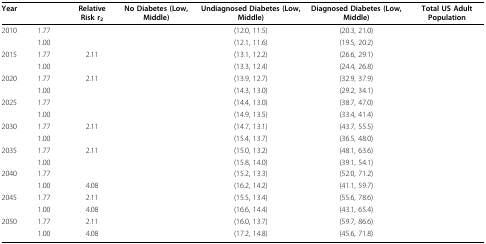
<table><thead><tr><td><b>Year</b></td><td>[EMPTY_CELL]</td><td><b>Relative Risk r<sub>2</sub></b></td><td><b>No Diabetes (Low, Middle)</b></td><td><b>Undiagnosed Diabetes (Low, Middle)</b></td><td><b>Diagnosed Diabetes (Low, Middle)</b></td><td><b>Total US Adult Population</b></td></tr></thead><tbody><tr><td>2010</td><td>1.77</td><td>[EMPTY_CELL]</td><td>[EMPTY_CELL]</td><td>(12.0, 11.5)</td><td>(20.3, 21.0)</td><td>[EMPTY_CELL]</td></tr><tr><td>[EMPTY_CELL]</td><td>1.00</td><td>[EMPTY_CELL]</td><td>[EMPTY_CELL]</td><td>(12.1, 11.6)</td><td>(19.5, 20.2)</td><td>[EMPTY_CELL]</td></tr><tr><td>2015</td><td>1.77</td><td>2.11</td><td>[EMPTY_CELL]</td><td>(13.1, 12.2)</td><td>(26.6, 29.1)</td><td>[EMPTY_CELL]</td></tr><tr><td>[EMPTY_CELL]</td><td>1.00</td><td>[EMPTY_CELL]</td><td>[EMPTY_CELL]</td><td>(13.3, 12.4)</td><td>(24.4, 26.8)</td><td>[EMPTY_CELL]</td></tr><tr><td>2020</td><td>1.77</td><td>2.11</td><td>[EMPTY_CELL]</td><td>(13.9, 12.7)</td><td>(32.9, 37.9)</td><td>[EMPTY_CELL]</td></tr><tr><td>[EMPTY_CELL]</td><td>1.00</td><td>[EMPTY_CELL]</td><td>[EMPTY_CELL]</td><td>(14.3, 13.0)</td><td>(29.2, 34.1)</td><td>[EMPTY_CELL]</td></tr><tr><td>2025</td><td>1.77</td><td>[EMPTY_CELL]</td><td>[EMPTY_CELL]</td><td>(14.4, 13.0)</td><td>(38.7, 47.0)</td><td>[EMPTY_CELL]</td></tr><tr><td>[EMPTY_CELL]</td><td>1.00</td><td>[EMPTY_CELL]</td><td>[EMPTY_CELL]</td><td>(14.9, 13.5)</td><td>(33.4, 41.4)</td><td>[EMPTY_CELL]</td></tr><tr><td>2030</td><td>1.77</td><td>2.11</td><td>[EMPTY_CELL]</td><td>(14.7, 13.1)</td><td>(43.7, 55.5)</td><td>[EMPTY_CELL]</td></tr><tr><td>[EMPTY_CELL]</td><td>1.00</td><td>[EMPTY_CELL]</td><td>[EMPTY_CELL]</td><td>(15.4, 13.7)</td><td>(36.5, 48.0)</td><td>[EMPTY_CELL]</td></tr><tr><td>2035</td><td>1.77</td><td>2.11</td><td>[EMPTY_CELL]</td><td>(15.0, 13.2)</td><td>(48.1, 63.6)</td><td>[EMPTY_CELL]</td></tr><tr><td>[EMPTY_CELL]</td><td>1.00</td><td>[EMPTY_CELL]</td><td>[EMPTY_CELL]</td><td>(15.8, 14.0)</td><td>(39.1, 54.1)</td><td>[EMPTY_CELL]</td></tr><tr><td>2040</td><td>1.77</td><td>[EMPTY_CELL]</td><td>[EMPTY_CELL]</td><td>(15.2, 13.3)</td><td>(52.0, 71.2)</td><td>[EMPTY_CELL]</td></tr><tr><td>[EMPTY_CELL]</td><td>1.00</td><td>4.08</td><td>[EMPTY_CELL]</td><td>(16.2, 14.2)</td><td>(41.1, 59.7)</td><td>[EMPTY_CELL]</td></tr><tr><td>2045</td><td>1.77</td><td>2.11</td><td>[EMPTY_CELL]</td><td>(15.5, 13.4)</td><td>(55.6, 78.6)</td><td>[EMPTY_CELL]</td></tr><tr><td>[EMPTY_CELL]</td><td>1.00</td><td>4.08</td><td>[EMPTY_CELL]</td><td>(16.6, 14.4)</td><td>(43.1, 65.4)</td><td>[EMPTY_CELL]</td></tr><tr><td>2050</td><td>1.77</td><td>2.11</td><td>[EMPTY_CELL]</td><td>(16.0, 13.7)</td><td>(59.7, 86.6)</td><td>[EMPTY_CELL]</td></tr><tr><td>[EMPTY_CELL]</td><td>1.00</td><td>4.08</td><td>[EMPTY_CELL]</td><td>(17.2, 14.8)</td><td>(45.6, 71.8)</td><td>[EMPTY_CELL]</td></tr></tbody></table>